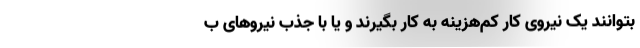
بتوانند یک نیروی کار کم‌هزینه به کار بگیرند و یا با جذب نیروهای ب